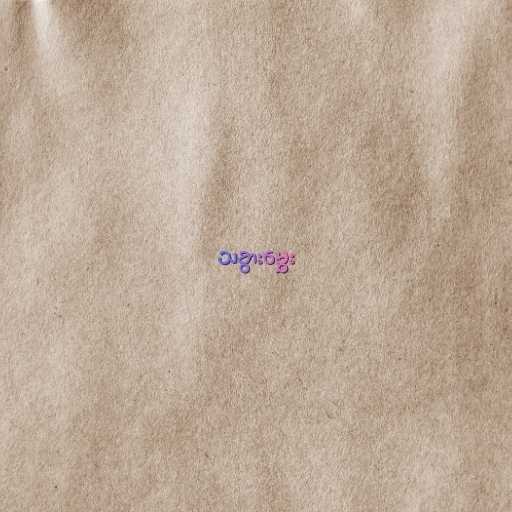
သခွားမွှေး